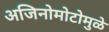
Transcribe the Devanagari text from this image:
अजिनोमोटोमुळे